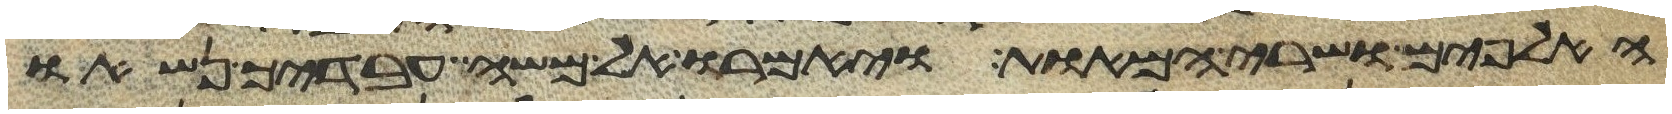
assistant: האלפים ושרי המאות ויאמרו אל משה עבדיך נשאו